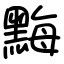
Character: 黣